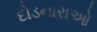
દોડનારાઓ